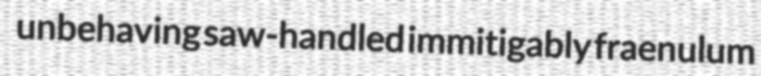
unbehaving saw-handled immitigably fraenulum